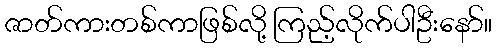
ဇာတ်ကားတစ်ကာဖြစ်လို့ ကြည့်လိုက်ပါဦးနော်။